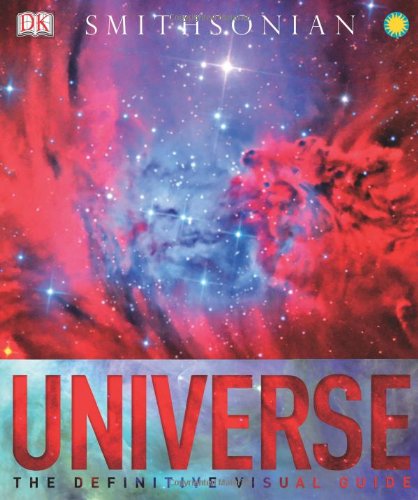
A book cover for Universe; Robert Dinwiddie; Science & Math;